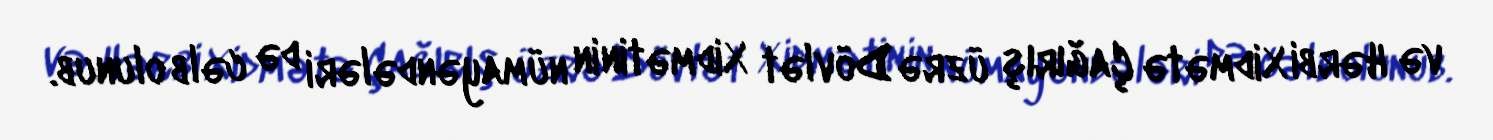
və Hərbi Xidmətə Çağırış üzrə Dövlət Xidmətinin nümayəndələri də cəlb olunub.